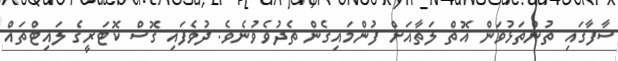
ސާފާގައި ތުންތަޅުވަން އޮތް ލަތާއަށް ފުންމައިގެން ތެދުވެވުނެވެ. ދުވެފައި ގޮސް ކޮޓަރީގެ ލައިޓްތައް